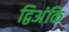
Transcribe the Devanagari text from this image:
द्विअंकि